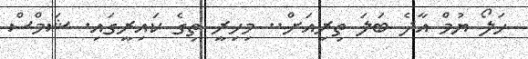
ހަލޯ ޔުމް އާދެ ބަލަ ތިރިއަށް.. މިހިރީ ތިގެ ކައިރީގައި. ޝަމްސް